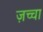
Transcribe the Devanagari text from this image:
ज़च्चा